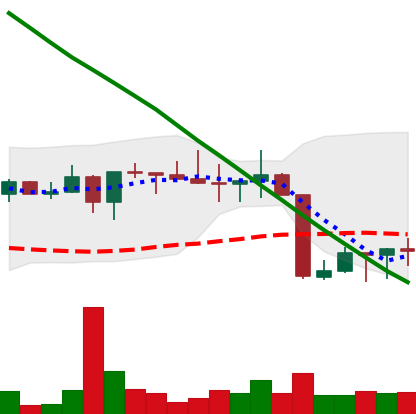
Ticker: XRP-USD
Chart end date: 2022-08-24
Forward return: -3.567%
Label: down_3_5